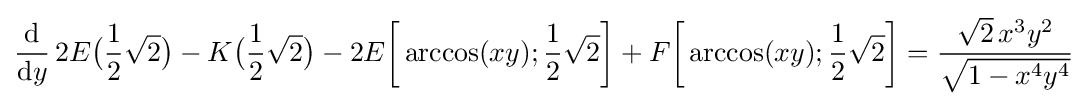
{\frac {\mathrm {d} }{\mathrm {d} y}}\,2E{\bigl (}{\frac {1}{2}}{\sqrt {2}}{\bigr )}-K{\bigl (}{\frac {1}{2}}{\sqrt {2}}{\bigr )}-2E{\biggl [}\arccos(xy);{\frac {1}{2}}{\sqrt {2}}{\biggr ]}+F{\biggl [}\arccos(xy);{\frac {1}{2}}{\sqrt {2}}{\biggr ]}={\frac {{\sqrt {2}}\,x^{3}y^{2}}{\sqrt {1-x^{4}y^{4}}}}